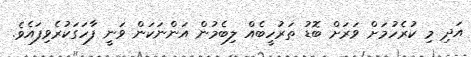
އަދި މި ކުރެހުމަށް ވަރަށް ބޮޑު ތަރުހީބެއް ލިބެމުން އަންނަކަން ވަނީ ފާހަގަކުރެވިފައެވެ.